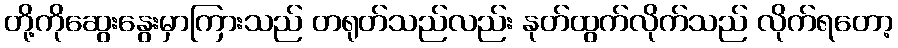
တို့ကိုဆွေးနွေးမှာကြားသည် တရုတ်သည်လည်း နုတ်ထွက်လိုက်သည် လိုက်ရတော့